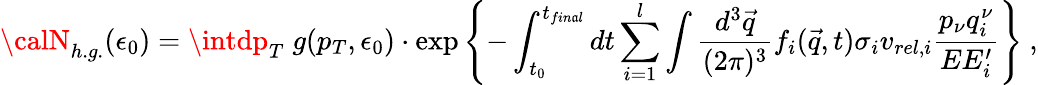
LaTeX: {\calN}_{h.g.}(\epsilon_{0})=\intdp_{T}\; g(p_{T},\epsilon_{0})\cdot\exp\left\{ -\int_{t_{0}}^{t_{fin\mathfrak{a}l}}dt\sum_{i=1}^{l}\int{\frac{{d^{3}\vec{{q}}}}{{(2\pi)^{3}}}}f_{i}(\vec{{q}},t)\sigma_{i}v_{rel,i}{\frac{{p_{\nu}q_{i}^{\nu}}}{{EE_{i}^{\prime}}}}\right\} \ ,